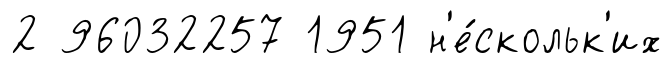
2 96032257 1951 н'е́скольк'их